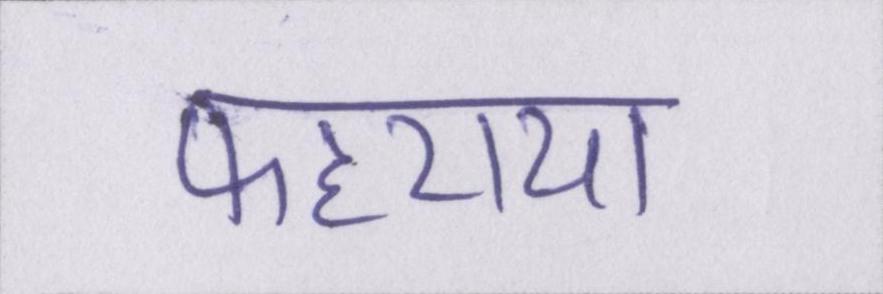
फहराया